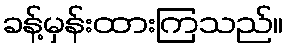
ခန့်မှန်းထားကြသည်။